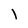
Character: l